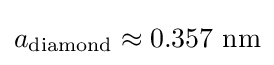
a_{\text{diamond}}\approx 0.357\ {\text{nm}}